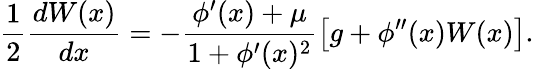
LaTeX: \frac{1}{2}\frac{dW(x)}{dx}=-\frac{\phi^{\prime}(x)+\mu}{1+\phi^{\prime}(x)^{2}}\left[{g+\phi^{\prime\prime}(x)W(x)}\right].